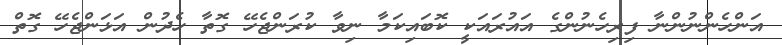
އަންހެންނުންނާ ފިރިހެނުންގެ އައުރައަކީ ކޮބައިކަމާ ނިވާ ކުރަންޖެހޭ ގޮތާ ހެދުން އަޅަންޖެހޭ ގޮތް